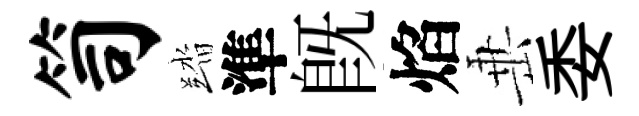
笥踏準既焰𡸁委